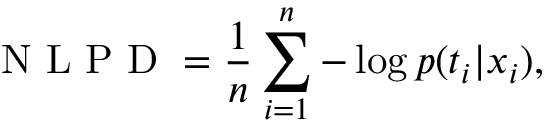
\mathrm { ~ N ~ L ~ P ~ D ~ } = \frac { 1 } { n } \sum _ { i = 1 } ^ { n } - \log p ( t _ { i } | \boldsymbol { x _ { i } } ) ,